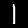
Label: 1